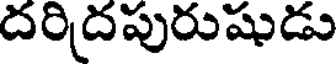
దరిదపురుషుడు